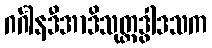
ဂင်္ဂါနဒီအာဒိသုတ္တဒွါဒသက